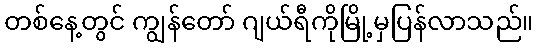
တစ်နေ့တွင် ကျွန်တော် ဂျယ်ရီကိုမြို့မှပြန်လာသည်။